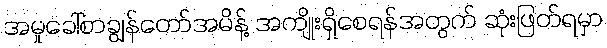
အမှုခေါ်စာချွန်တော်အမိန့် အကျိုးရှိစေရန်အတွက် ဆုံးဖြတ်ရမှာ